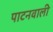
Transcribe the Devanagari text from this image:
पाटनवाली